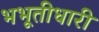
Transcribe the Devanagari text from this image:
भभूतीधारी